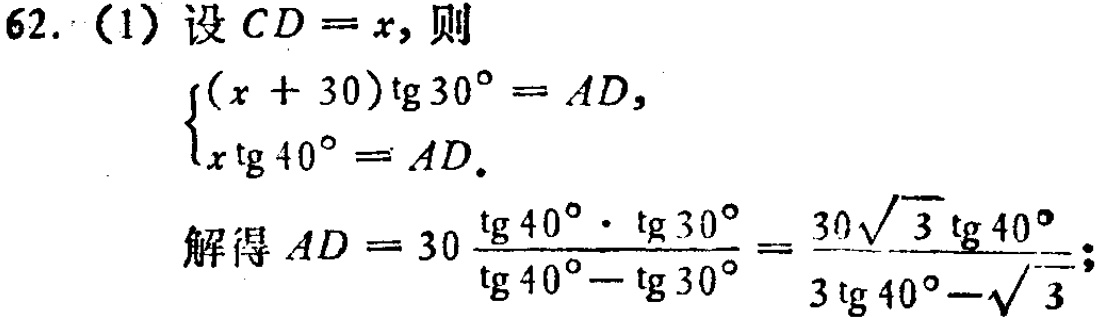
62. (1) 设 \(CD = x\)，则

\[\begin{cases}(x + 30)\tg30^{\circ}=AD,\\x\tg40^{\circ}=AD.\end{cases}\]

解得 \(AD = 30\frac{\tg40^{\circ}\cdot\tg30^{\circ}}{\tg40^{\circ}-\tg30^{\circ}}=\frac{30\sqrt{3}\tg40^{\circ}}{3\tg40^{\circ}-\sqrt{3}}\)；